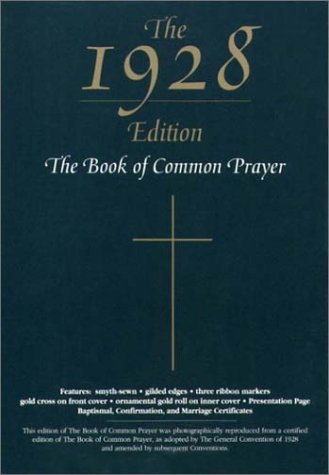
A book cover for The 1928 Book of Common Prayer; Christian Books & Bibles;